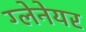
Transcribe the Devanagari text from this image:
ग्लेनेयर